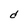
Character: d